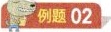
例题02